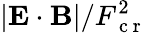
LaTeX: |\mathbf{E}\cdot\mathbf{B}|/F_{\mathrm{~c~r~}}^{2}